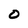
Character: 0